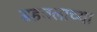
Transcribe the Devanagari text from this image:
सहचलाच्या